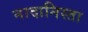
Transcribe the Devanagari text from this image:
नादानिस्ता